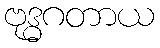
ဗုဒ္ဓဂတာယ